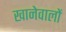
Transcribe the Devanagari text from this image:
खानेवालों